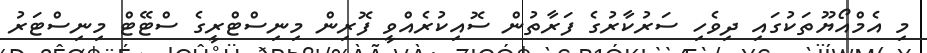
މި އެމްއޯޔޫތަކުގައި ދިވެހި ސަރުކާރުގެ ފަރާތުން ސޮއިކުރެއްވީ ފޮރިން މިނިސްޓްރީގެ ސްޓޭޓް މިނިސްޓަރު